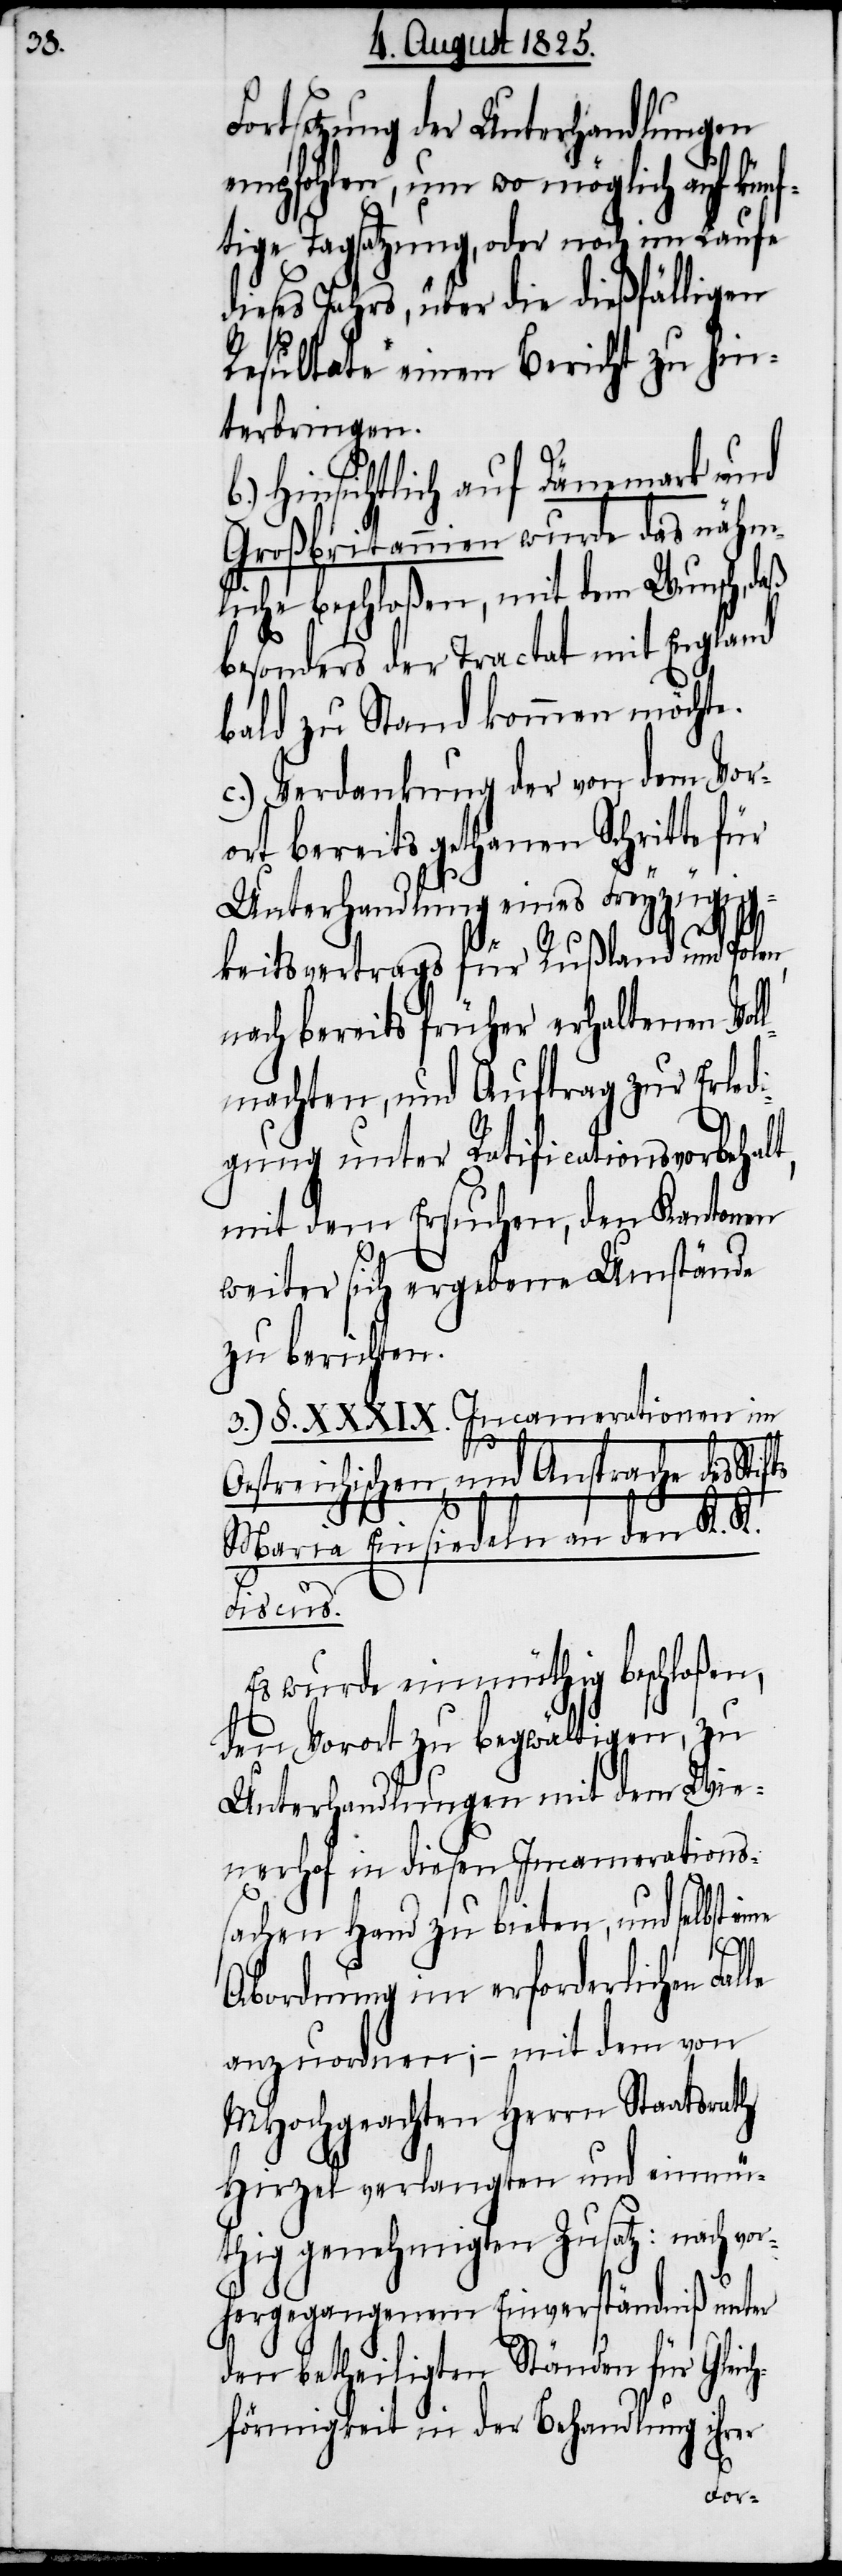
Fortsetzung der Unterhandlungen
empfohlen, um wo möglich auf kün¬
ftige Tagsatzung, oder noch im Laufe
dieses Jahrs, über die dießfälligen
Resultate einen Bericht zu hin¬
terbringen.
Hinsichtlich auf Dänemark und
Grossbritannien wurde das nähm¬
liche beschloßen, mit dem Wunsch, daß
besonders der Tractat mit England
bald zu Stand kommen möchte.
c.) Verdankung der von dem Vor¬
ort bereits gethanen Schritte für
Unterhandlung eines Freyzügig¬
keitsvertrags für Rußland und Pol¬
nach bereits früher erhaltenen Vol¬
lmachten, und Auftrag zur Erledi¬
gung unter Ratificationsvorbehal¬
mit dem Ersuchen, den Kantonen
weiter sich ergebene Umstände
zu berichten.
3.) §. XXXIX. Incamerationen im
Oestreichischen, und Ansprache des Stif¬
le
Maria Einsiedeln an den K. K.
Fiscus.
Es wurde einmüthig beschloßen,
den Vorort zu begwältigen, zu
Unterhandlungen mit dem Wie¬
nerhof in diesen Incamerations¬
sachen Hand zu bieten, und selbst e¬
ine
Abordnung im erforderlichen Fal¬
anzuordnen; – mit dem von
MHochgeachten Herrn Staatsrath
Hirzel verlangten und einmü¬
thig genehmigten Zusatz: nach v¬
hergegangenem Einverständniß unter
den betheiligten Ständen für Gleic¬
hförmigkeit in der Behandlung ihrer
or¬